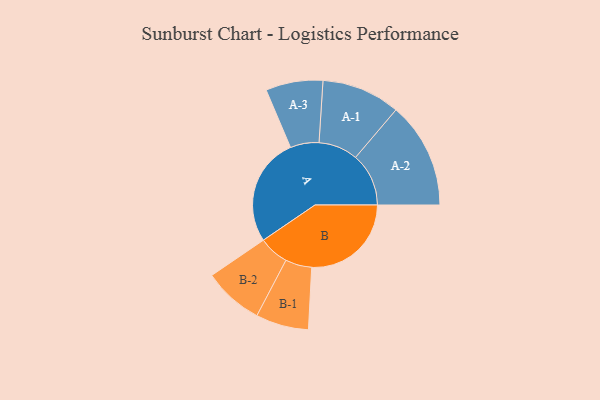
{"axis": {"x": "Segment", "y": "Value"}, "legend": ["", "A", "B"], "data": [{"x": "A", "y": 455, "type": ""}, {"x": "B", "y": 418, "type": ""}, {"x": "A-1", "y": 165, "type": "A"}, {"x": "A-2", "y": 223, "type": "A"}, {"x": "A-3", "y": 120, "type": "A"}, {"x": "B-1", "y": 111, "type": "B"}, {"x": "B-2", "y": 126, "type": "B"}]}